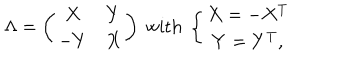
\Lambda = \left( \begin{array} { c c } { { X } } & { { Y } } \\ { { - Y } } & { { X } } \\ \end{array} \right) \textrm { w i t h } \left\{ \begin{array} { c } { { X = - X ^ { T } } } \\ { { Y = Y ^ { T } , } } \\ \end{array} \right.